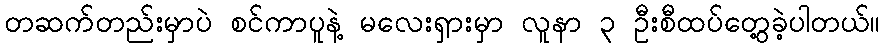
တဆက်တည်းမှာပဲ စင်ကာပူနဲ့ မလေးရှားမှာ လူနာ ၃ ဦးစီထပ်တွေ့ခဲ့ပါတယ်။